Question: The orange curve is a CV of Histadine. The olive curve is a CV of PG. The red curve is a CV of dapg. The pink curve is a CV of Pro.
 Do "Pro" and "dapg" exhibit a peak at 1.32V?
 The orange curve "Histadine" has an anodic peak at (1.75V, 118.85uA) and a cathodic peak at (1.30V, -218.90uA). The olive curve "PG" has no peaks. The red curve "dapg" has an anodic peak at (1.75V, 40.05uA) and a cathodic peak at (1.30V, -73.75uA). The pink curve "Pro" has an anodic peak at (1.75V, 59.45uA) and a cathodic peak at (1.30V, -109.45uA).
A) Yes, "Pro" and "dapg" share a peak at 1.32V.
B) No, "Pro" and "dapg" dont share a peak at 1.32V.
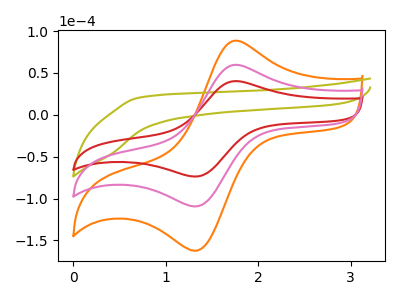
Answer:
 <answer>A) Yes, "Pro" and "dapg" share a peak at 1.32V.</answer>
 <eval>A</eval>